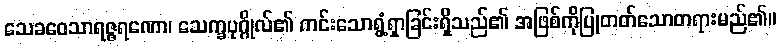
သေခဝေသာရဇ္ဇရဏော၊ သေက္ခပုဂ္ဂိုလ်၏ ကင်းသောရွံ့ရှာခြင်းရှိသည်၏ အဖြစ်ကိုပြုတတ်သောတရားမည်၏။